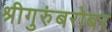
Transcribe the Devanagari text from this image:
श्रीगुरुंंबरोबर